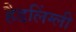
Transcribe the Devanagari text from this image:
हैडलिंग्ली